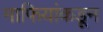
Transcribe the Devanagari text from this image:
माफियांकडून